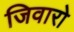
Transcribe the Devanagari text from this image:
जिवारो